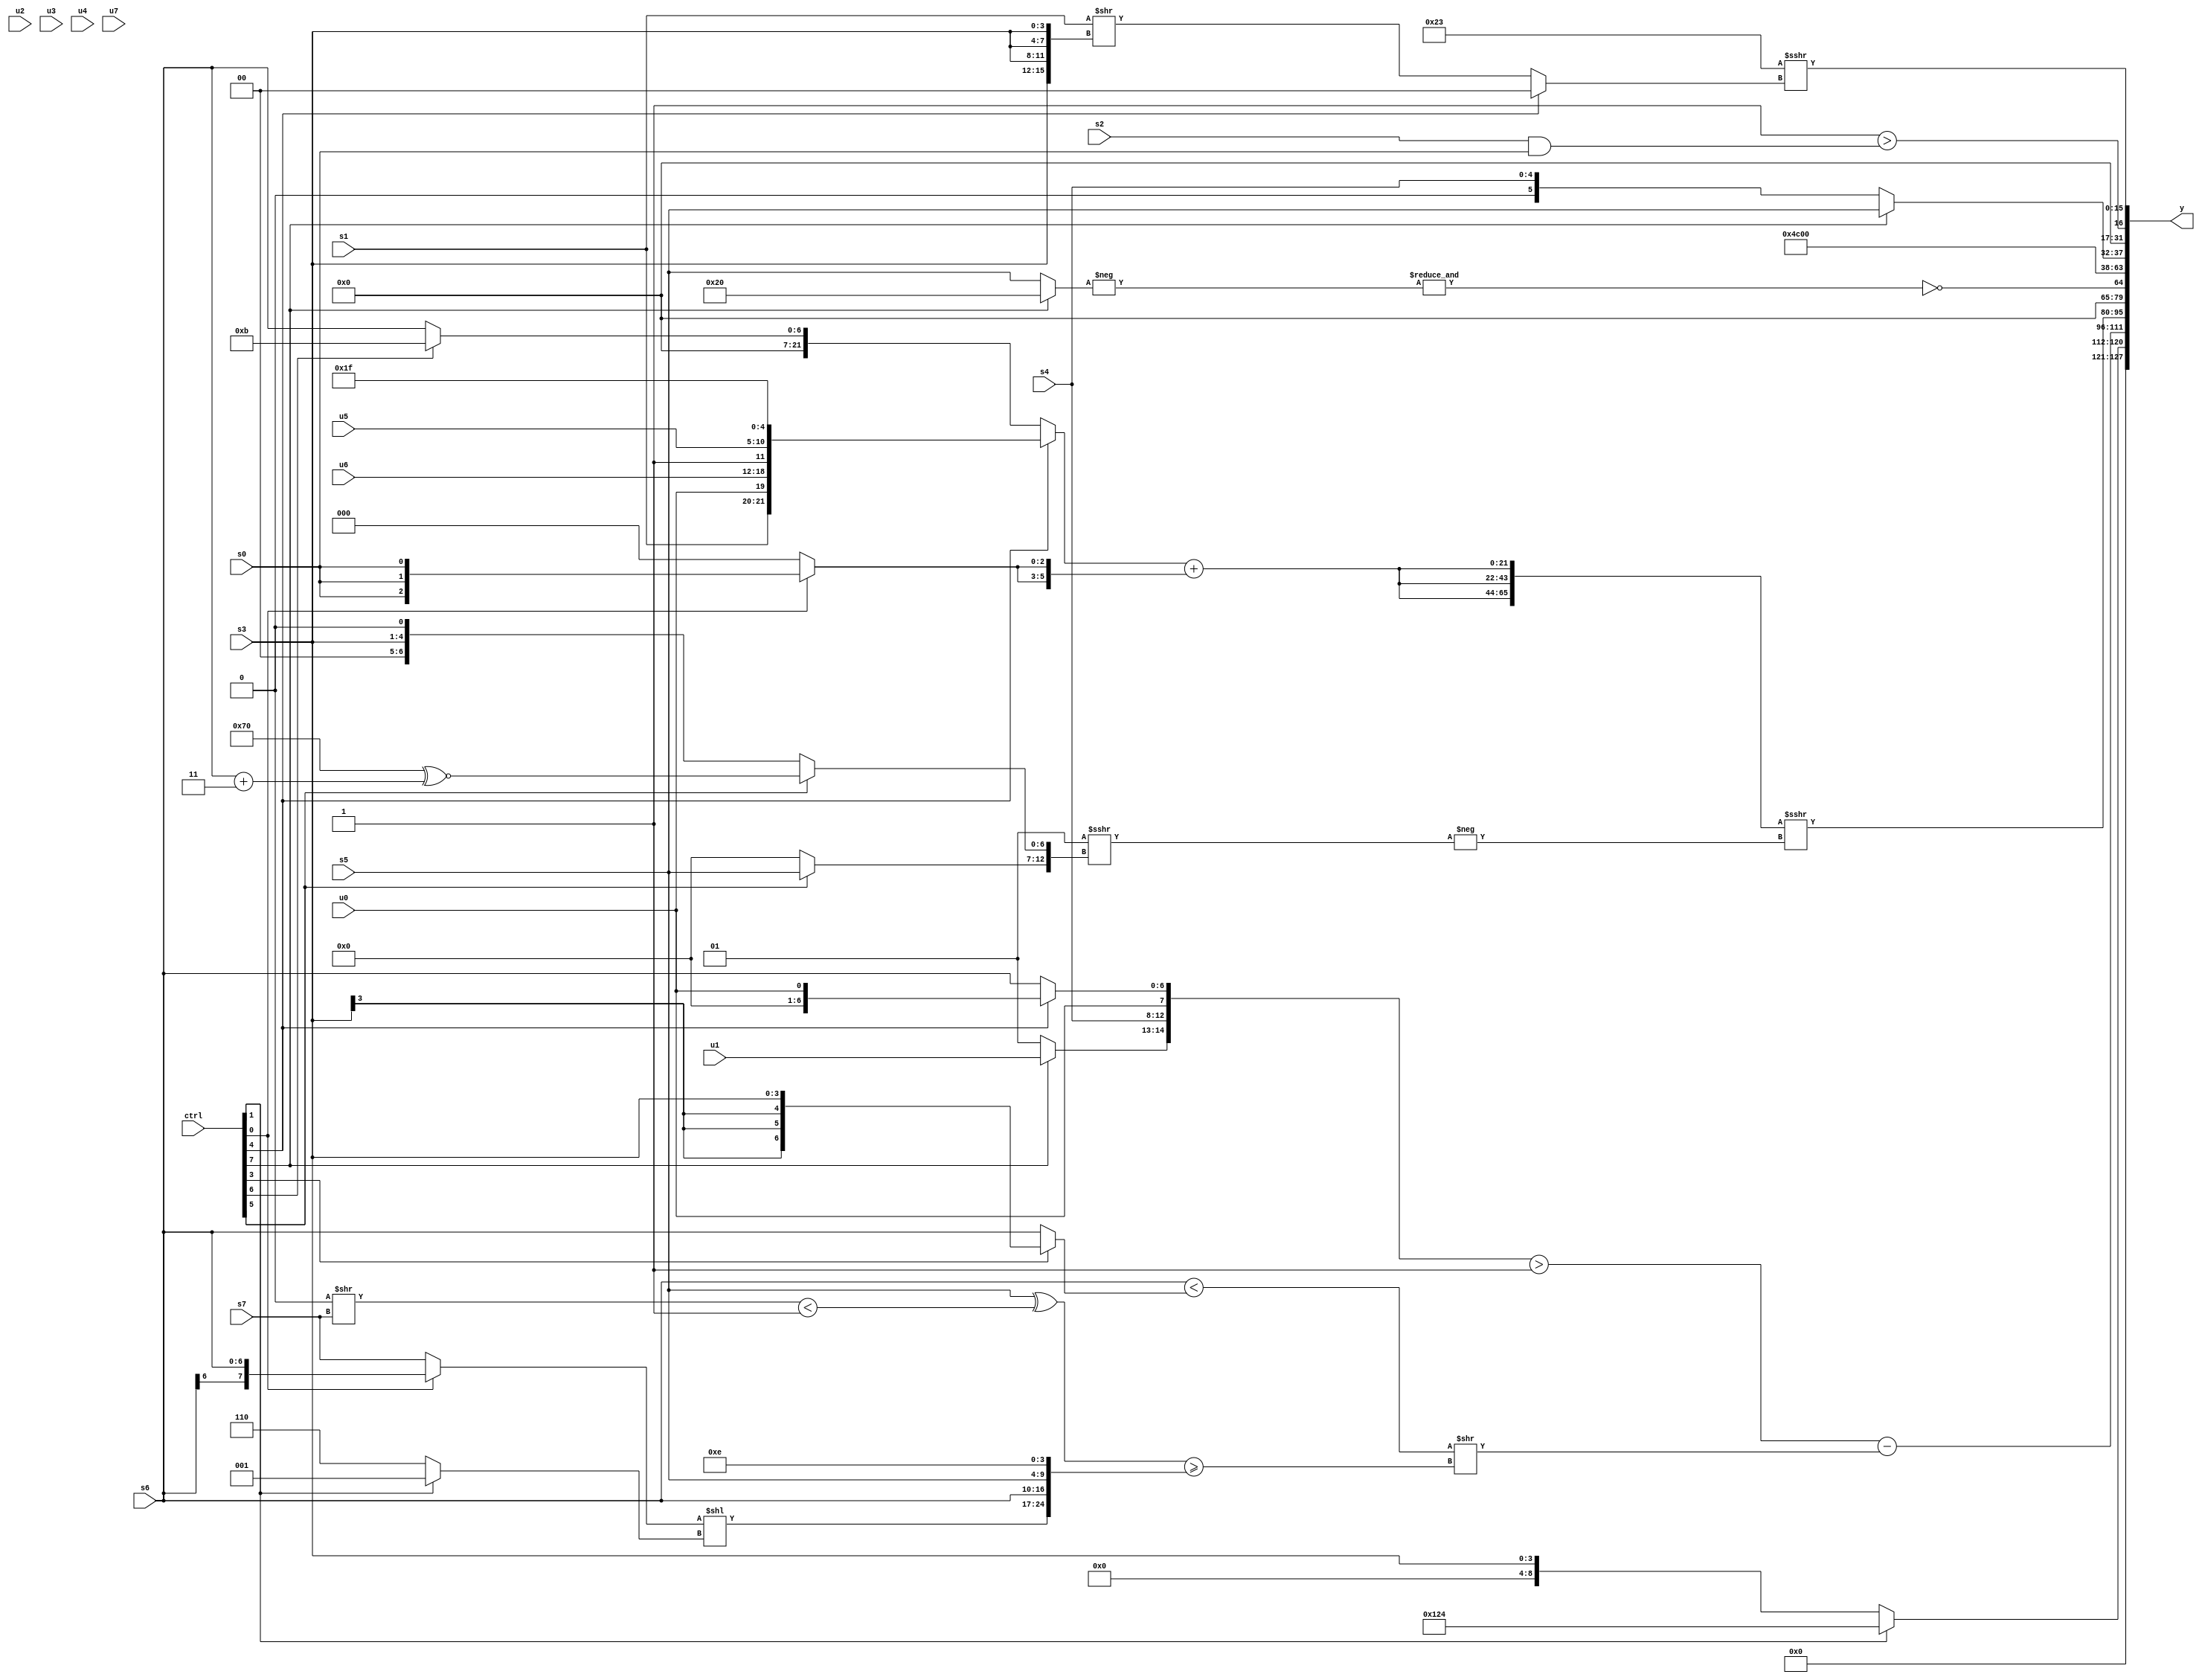
module wideexpr_00688(ctrl, u0, u1, u2, u3, u4, u5, u6, u7, s0, s1, s2, s3, s4, s5, s6, s7, y);
  input [7:0] ctrl;
  input [0:0] u0;
  input [1:0] u1;
  input [2:0] u2;
  input [3:0] u3;
  input [4:0] u4;
  input [5:0] u5;
  input [6:0] u6;
  input [7:0] u7;
  input signed [0:0] s0;
  input signed [1:0] s1;
  input signed [2:0] s2;
  input signed [3:0] s3;
  input signed [4:0] s4;
  input signed [5:0] s5;
  input signed [6:0] s6;
  input signed [7:0] s7;
  output [127:0] y;
  wire [15:0] y0;
  wire [15:0] y1;
  wire [15:0] y2;
  wire [15:0] y3;
  wire [15:0] y4;
  wire [15:0] y5;
  wire [15:0] y6;
  wire [15:0] y7;
  assign y = {y0,y1,y2,y3,y4,y5,y6,y7};
  assign y0 = (ctrl[1]?{3{3'sb100}}:s3);
  assign y1 = ($signed($signed(({(ctrl[7]?u1:2'b01),s4,(ctrl[3]?u0:u0),(ctrl[4]?u0:s6)})>(({4{4'sb0111}})>>>(4'sb1110)))))-(((s6)<((ctrl[3]?$signed(+(s3)):s6)))>>(((s5)^(((1'sb0)>>(s7))<(~&(1'sb0))))>=({((ctrl[0]?s6:s7))<<((ctrl[1]?2'sb01:3'sb110)),s6,s5,$signed($signed(4'sb1110))})));
  assign y2 = (+({3{((ctrl[4]?{s1,{u0,u6,1'b1,u5},(4'sb1110)!=(2'sb11),(ctrl[6]?4'sb1111:3'sb111)}:(ctrl[6]?(5'sb10110)>>(1'b1):$unsigned(s6))))+({2{(ctrl[0]?s0:(s2)<<(6'sb100000))}})}}))>>>(-((5'sb00001)>>>({(ctrl[5]?s5:4'sb0000),(ctrl[5]?(-(5'b10000))^~((s6)+(2'sb11)):(s3)<<<(1'sb1))})));
  assign y3 = ~&(-((ctrl[7]?6'sb100000:s5)));
  assign y4 = +((5'b11100)-($unsigned(4'sb1001)));
  assign y5 = (ctrl[7]?s5:{$unsigned(s4)});
  assign y6 = |((2'sb11)>((s2)&(s0)));
  assign y7 = +((6'sb100011)>>>((ctrl[4]?($signed(5'sb10100))>=(5'sb11011):($unsigned(s1))>>({4{s3}}))));
endmodule